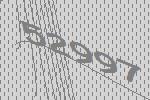
52997